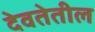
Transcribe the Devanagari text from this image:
देवतेतील